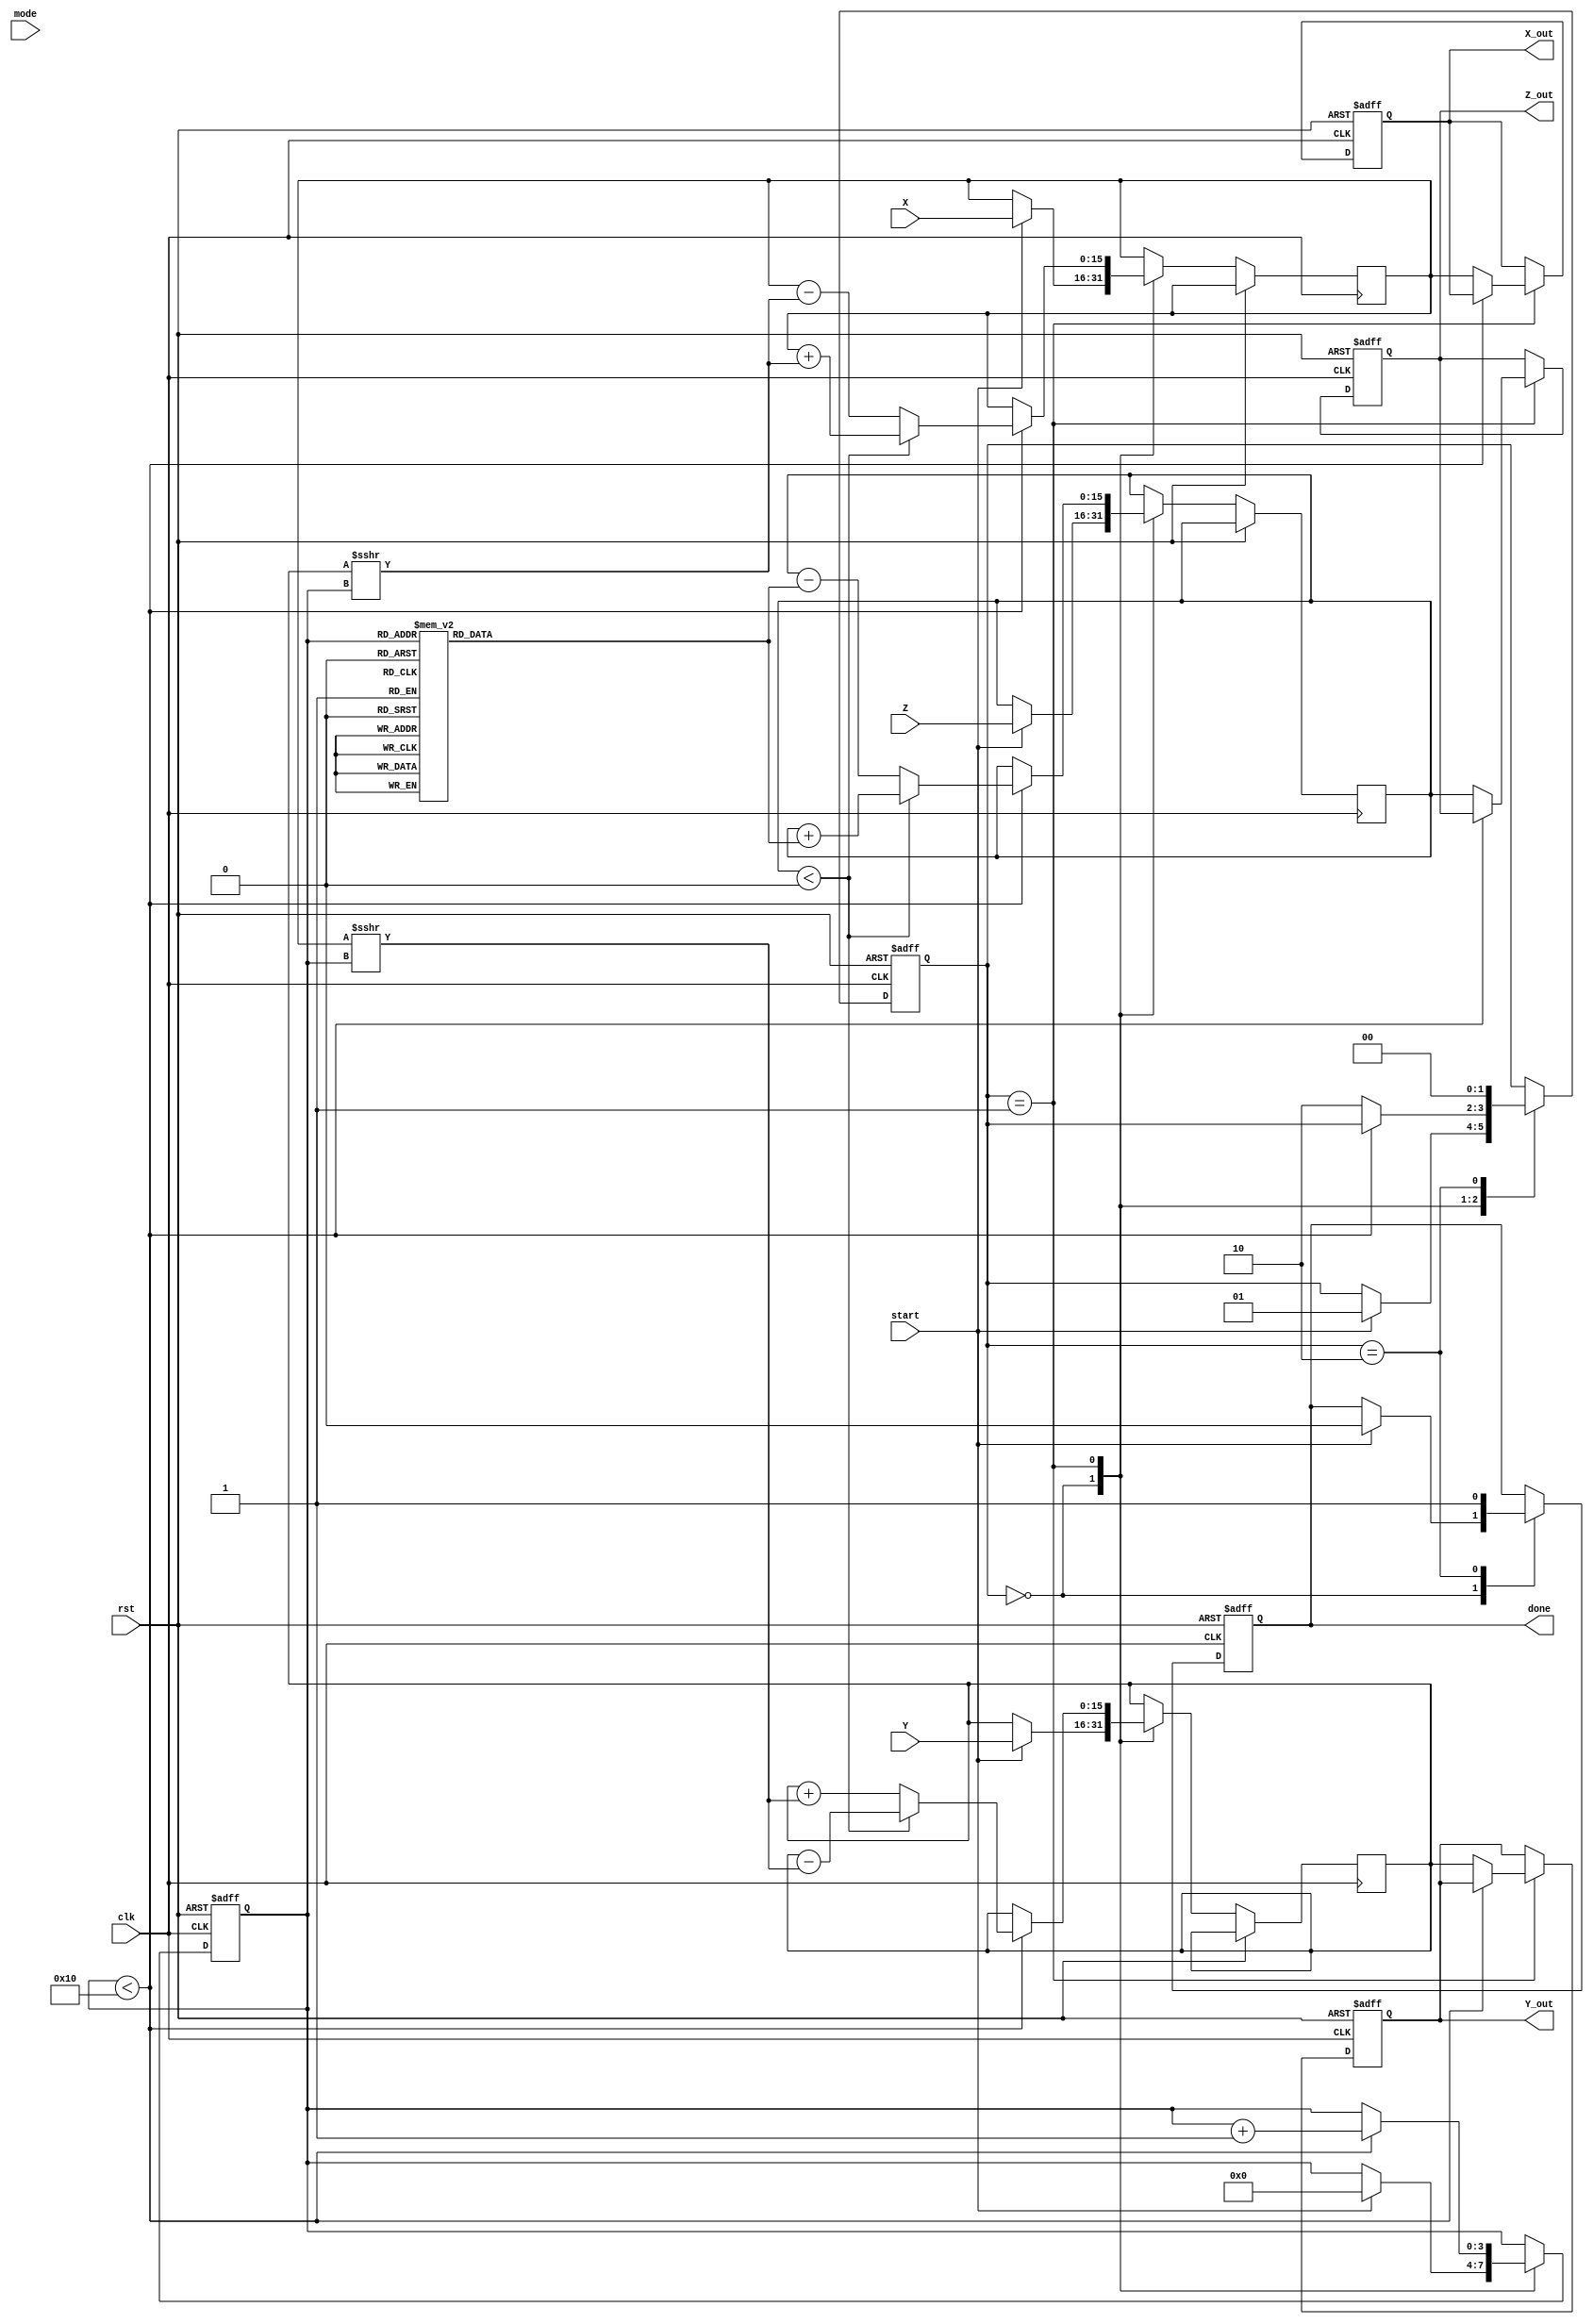
module cordic (
    input wire signed [15:0] X,      // Input X-coordinate
    input wire signed [15:0] Y,      // Input Y-coordinate
    input wire signed [15:0] Z,      // Input angle
    input wire [1:0] mode,           // Operation mode (0: rotation, 1: vectoring)
    input wire start,                 // Start signal
    input wire clk,                   // Clock signal
    input wire rst,                   // Reset signal
    output reg signed [15:0] X_out,   // Output X-coordinate
    output reg signed [15:0] Y_out,   // Output Y-coordinate
    output reg signed [15:0] Z_out,   // Output angle output
    output reg done                   // Done signal
);

    // CORDIC parameters
    parameter NUM_ITERATIONS = 16;   // Number of iterations
    reg signed [15:0] angle_table [0:NUM_ITERATIONS-1]; // Lookup table for arctangent values
    reg signed [15:0] x_reg, y_reg, z_reg;
    reg [3:0] iteration_count;
    reg [1:0] state; // State machine for control

    // State definitions
    localparam IDLE = 2'b00;
    localparam COMPUTE = 2'b01;
    localparam DONE = 2'b10;

    // Initialize angle table (arctan(2^-i) values)
    initial begin
        angle_table[0] = 16'h0000; // atan(0)
        angle_table[1] = 16'h26DD; // atan(1/2)
        angle_table[2] = 16'h1C71; // atan(1/4)
        angle_table[3] = 16'h14AE; // atan(1/8)
        angle_table[4] = 16'h0D8E; // atan(1/16)
        angle_table[5] = 16'h07A1; // atan(1/32)
        angle_table[6] = 16'h03D5; // atan(1/64)
        angle_table[7] = 16'h01FB; // atan(1/128)
        angle_table[8] = 16'h00FF; // atan(1/256)
        angle_table[9] = 16'h007F; // atan(1/512)
        angle_table[10] = 16'h003F; // atan(1/1024)
        angle_table[11] = 16'h001F; // atan(1/2048)
        angle_table[12] = 16'h000F; // atan(1/4096)
        angle_table[13] = 16'h0007; // atan(1/8192)
        angle_table[14] = 16'h0003; // atan(1/16384)
        angle_table[15] = 16'h0001; // atan(1/32768)
    end

    // State machine and computation logic
    always @(posedge clk or posedge rst) begin
        if (rst) begin
            state <= IDLE;
            done <= 0;
            iteration_count <= 0;
            X_out <= 0;
            Y_out <= 0;
            Z_out <= 0;
        end else begin
            case (state)
                IDLE: begin
                    if (start) begin
                        x_reg <= X;
                        y_reg <= Y;
                        z_reg <= Z;
                        iteration_count <= 0;
                        state <= COMPUTE;
                        done <= 0;
                    end
                end

                COMPUTE: begin
                    if (iteration_count < NUM_ITERATIONS) begin
                        if (z_reg < 0) begin
                            // Rotate clockwise
                            x_reg <= x_reg + (y_reg >>> iteration_count);
                            y_reg <= y_reg - (x_reg >>> iteration_count);
                            z_reg <= z_reg + angle_table[iteration_count];
                        end else begin
                            // Rotate counter-clockwise
                            x_reg <= x_reg - (y_reg >>> iteration_count);
                            y_reg <= y_reg + (x_reg >>> iteration_count);
                            z_reg <= z_reg - angle_table[iteration_count];
                        end
                        iteration_count <= iteration_count + 1;
                    end else begin
                        X_out <= x_reg;
                        Y_out <= y_reg;
                        Z_out <= z_reg;
                        state <= DONE;
                    end
                end

                DONE: begin
                    done <= 1;
                    state <= IDLE; // Go back to IDLE after done
                end
            endcase
        end
    end
endmodule